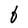
Character: b